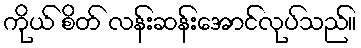
ကိုယ် စိတ် လန်းဆန်းအောင်လုပ်သည်။